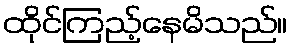
ထိုင်ကြည့်နေမိသည်။